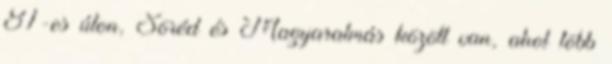
81-es úton, Söréd és Magyaralmás között van, ahol több